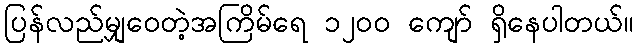
ပြန်လည်မျှဝေတဲ့အကြိမ်ရေ ၁၂၀၀ ကျော် ရှိနေပါတယ်။